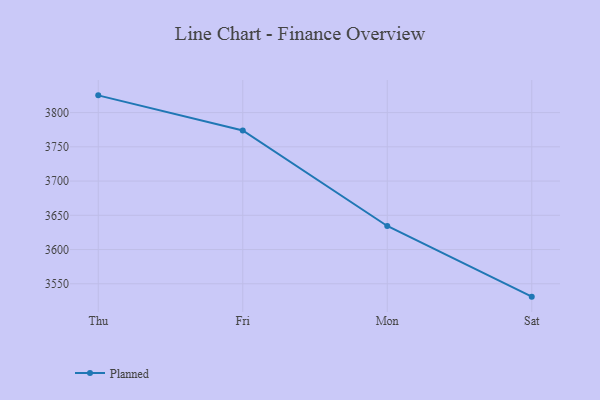
{"axis": {"x": "Day", "y": "Shipments"}, "legend": ["Planned"], "data": [{"x": "Thu", "y": 3825.2, "type": "Planned"}, {"x": "Fri", "y": 3774.0, "type": "Planned"}, {"x": "Mon", "y": 3634.4, "type": "Planned"}, {"x": "Sat", "y": 3531.2, "type": "Planned"}]}